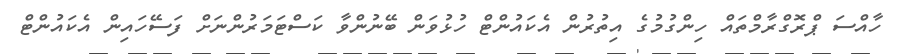
ހާއްސަ ޕްރޮގްރާމްތައް ހިންގުމުގެ އިތުރުން އެކައުންޓް ހުޅުވަން ބޭނުންވާ ކަސްޓަމަރުންނަށް ފަސޭހައިން އެކައުންޓް